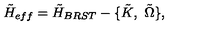
{ \tilde { H } } _ { e f f } = { \tilde { H } } _ { B R S T } - \{ \tilde { K } , \ \tilde { \Omega } \} ,